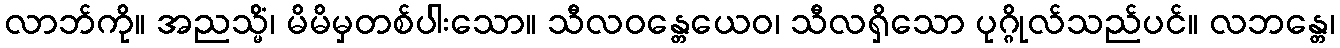
လာဘ်ကို။ အညသ္မိံ၊ မိမိမှတစ်ပါးသော။ သီလဝန္တေယေဝ၊ သီလရှိသော ပုဂ္ဂိုလ်သည်ပင်။ လဘန္တေ၊